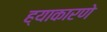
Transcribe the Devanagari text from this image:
ह्याकारणे